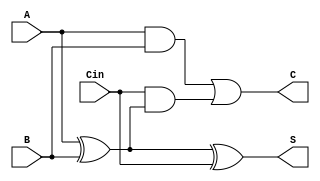
module CarrySaveAdder (
    input [N-1:0] A, // First operand
    input [N-1:0] B, // Second operand
    input [N-1:0] Cin, // Carry input
    output [N-1:0] S, // Sum output
    output [N-1:0] C  // Carry output
);
    parameter N = 8; // Bit width

    assign S = A ^ B ^ Cin; // Sum is the XOR of A, B, and Cin
    assign C = (A & B) | (Cin & (A ^ B)); // Carry is generated from A and B, and Cin

endmodule